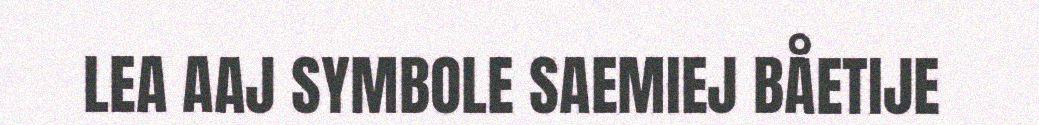
LEA AAJ SYMBOLE SAEMIEJ BÅETIJE